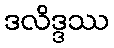
ဒလိဒ္ဒဿ